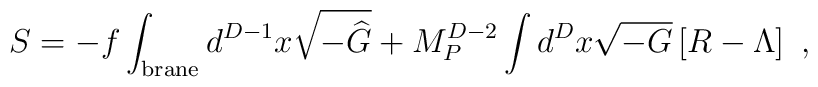
S=-f\int_{\rm{\small brane}} d^{D-1}x\sqrt{-{\widehat G}}+ M_P^{D-2} \int d^D x \sqrt{-G} \left[R-\Lambda\right]~,